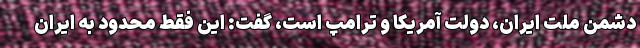
دشمن ملت ایران، دولت آمریکا و ترامپ است، گفت: این فقط محدود به ایران